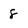
Character: 8